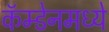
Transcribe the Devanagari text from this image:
कॅम्डेनमध्ये